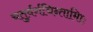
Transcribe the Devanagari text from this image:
चतुर्वर्गचिन्तामािः